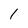
Character: l